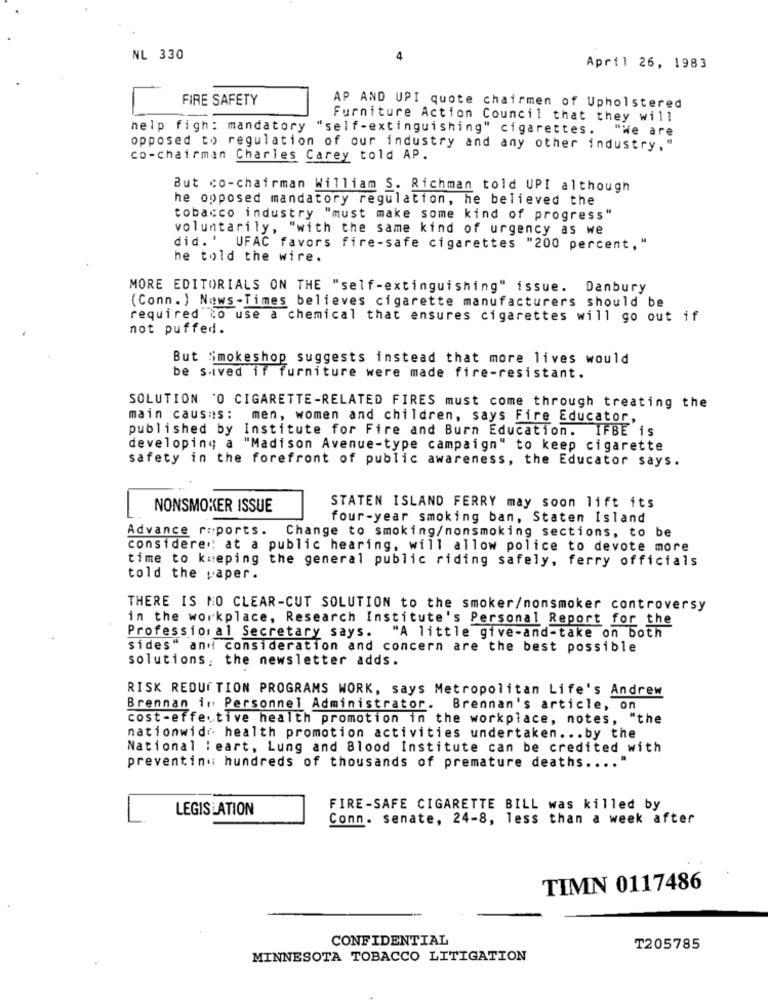
NL 330
4
April 26, 1983
FIRE SAFETY
AP AND UPI quote chairmen of Upholstered
Furniture Action Council that they will
help figh: mandatory
"self-extinguishing" cigarettes.
"He are
opposed to regulation of our industry and any other industry, "
co-chairman Charles Carey told AP.
But co-chairman William S. Richman told UPI although
he opposed mandatory regulation, he believed the
tobacco industry "must make some kind of progress"
voluntarily, "with the same kind of urgency as we
did.' UFAC favors fire-safe cigarettes "200 percent, "
he told the wire.
MORE EDITORIALS ON THE "self-extinguishing" issue. Danbury
(Conn.) News-Times believes cigarette manufacturers should be
required to use a chemical that ensures cigarettes will go out if
not puffed.
But Smokeshop suggests instead that more lives would
be sived if furniture were made fire-resistant.
SOLUTION "O CIGARETTE-RELATED FIRES must come through treating the
main causas: men, women and children, says Fire Educator,
published by Institute for Fire and Burn Education. IFBE is
developing a "Madison Avenue-type campaign" to keep cigarette
safety in the forefront of public awareness, the Educator says.
NONSMOKER ISSUE
STATEN ISLAND FERRY may soon lift its
four-year smoking ban, Staten Island
Advance r:ports. Change to smoking/nonsmoking sections, to be
considered: at a public hearing, will allow police to devote more
time to kueping the general public riding safely, ferry officials
told the paper.
THERE IS NO CLEAR-CUT SOLUTION to the smoker/nonsmoker controversy
in the workplace, Research Institute's Personal Report for the
Professional Secretary says.
"A little give-and-take on both
sides" and consideration and concern are the best possible
solutions: the newsletter adds.
RISK REDUCTION PROGRAMS WORK, says Metropolitan Life's Andrew
Brennan in Personnel Administrator. Brennan's article, on
cost-effective health promotion in the workplace, notes, "the
nationwide health promotion activities undertaken ... by the
National : eart, Lung and Blood Institute can be credited with
preventin hundreds of thousands of premature deaths .... "
LEGISLATION
FIRE-SAFE CIGARETTE BILL was killed by
Conn. senate, 24-8, less than a week after
TIMN 0117486
CONFIDENTIAL
T205785
MINNESOTA TOBACCO LITIGATION